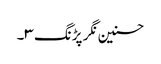
حسنین نگر پڑنگ ۳۔